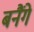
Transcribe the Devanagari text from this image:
बनैंगे